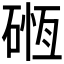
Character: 𥔂